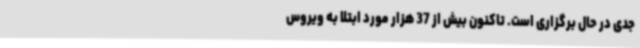
جدی در حال برگزاری است. تاکنون بیش از 37 هزار مورد ابتلا به ویروس